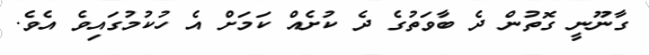
ގާނޫނީ ގޮތުން ދެ ބާވަތުގެ ދެ ކުށެއް ކަމަށް އެ ހުކުމުގައިވެ އެވެ.